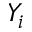
Y _ { i }